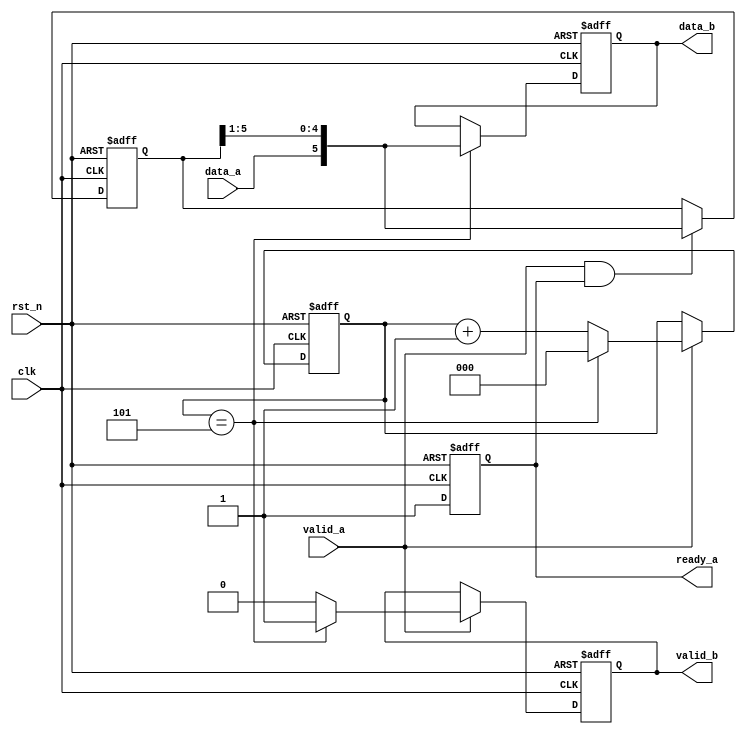
`timescale 1ns/1ns

module s_to_p(
	input 				clk 		,   
	input 				rst_n		,
	input				valid_a		,
	input	 			data_a		,
 
 	output	reg 		ready_a		,
 	output	reg			valid_b		,
	output  reg [5:0] 	data_b
);
reg[5:0] data_b_reg;
reg[2:0] cnt;

always @(posedge clk or negedge rst_n) begin
    if(!rst_n) begin
        ready_a <= 0;
    end
    else begin
        ready_a <= 1;
    end
end

always @(posedge clk or negedge rst_n) begin
    if(!rst_n) begin
        cnt <= 0;
        valid_b <= 0;
    end
    else if(valid_a) begin
        if(cnt == 5) begin
            valid_b <= 1;
            cnt <= 0;
        end
        else begin
            valid_b <= 0;
            cnt <= cnt + 1;
        end
    end
end

always @(posedge clk or negedge rst_n) begin
    if(!rst_n) begin
        data_b_reg <= 0;
    end
    else if(valid_a && ready_a) begin
        data_b_reg <= {data_a, data_b_reg[5:1]};
    end
    else begin
        data_b_reg <= data_b_reg;
    end
end

always @(posedge clk or negedge rst_n) begin
    if(!rst_n) begin
        data_b <= 0;
    end
    else if(cnt == 5) begin
        data_b <= {data_a, data_b_reg[5:1]};
    end
    else begin
           data_b <= data_b; 
    end
end


endmodule